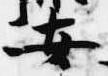
安